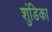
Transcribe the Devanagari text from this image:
शुंडिका